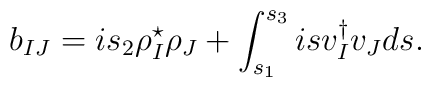
b_{IJ}=is_2 \rho_I^\star \rho_J +\int_{s_1}^{s_3} is v_I^\dagger v_J ds.